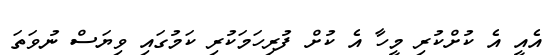
އެއީ އެ ކުށްކުރި މީހާ އެ ކުށް ފުރިހަމަކުރި ކަމުގައި ވިޔަސް ނުވަތަ